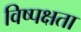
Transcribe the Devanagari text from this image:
विष्पक्षता